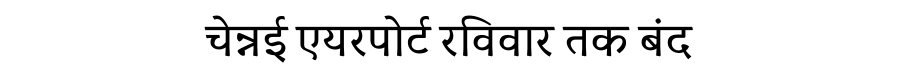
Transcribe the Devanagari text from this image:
चेन्नई एयरपोर्ट रविवार तक बंद